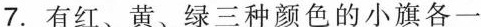
7.有红、黄、绿三种颜色的小旗各一